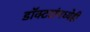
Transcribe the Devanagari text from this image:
डॉक्टरांमध्येही